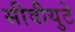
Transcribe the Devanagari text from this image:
सीवीयुटे